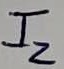
Text: I2